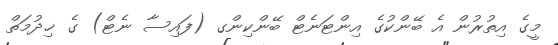
މީގެ އިތުރުން އެ ބޭންކުގެ އިންޓަނެޓް ބޭންކިންގ (ފައިސާ ނެޓް) ގެ ޚިދުމަތް